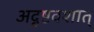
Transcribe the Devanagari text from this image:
अदृष्टवशात्‌